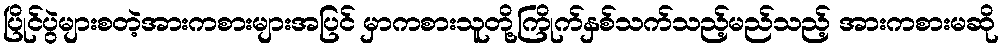
ပြိုင်ပွဲများစတဲ့အားကစားများအပြင် မှာကစားသူတို့ကြိုက်နှစ်သက်သည့်မည်သည့် အားကစားမဆို